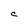
Character: C